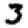
Digit: 3